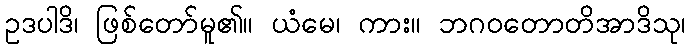
ဥဒပါဒိ၊ ဖြစ်တော်မူ၏။ ယံမေ၊ ကား။ ဘဂဝတောတိအာဒိသု၊